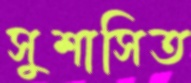
সুশাসিত